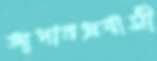
জাপানপ্রবাসী